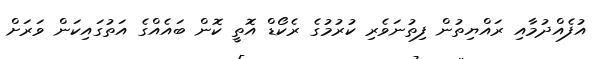
އުފެއްދުމާއި ރައްޔިތުން ފިތުނަވެރި ކުރުމުގެ ރެކޯޑް އޮތީ ކޮން ބައެއްގެ އަތުގައިކަން ވަރަށް